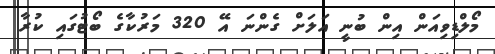
މޯލްޑިވިއަން އިން ބުނީ އަލަށް ގެންނަ އޭ 320 މަރުކާގެ ބޯޓުގައި ކުރާ